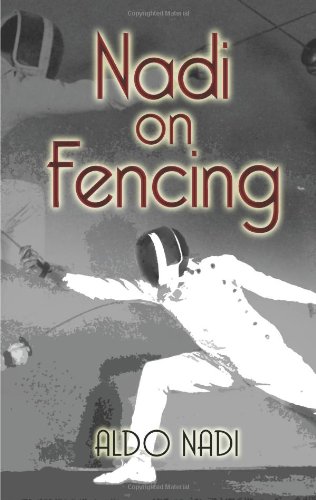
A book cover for Nadi on Fencing; Aldo Nadi; Sports & Outdoors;